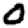
Digit: 0